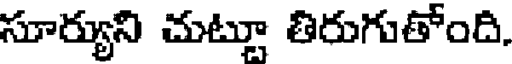
సూర్యుని చుట్టూ తిరుగుతోంది.